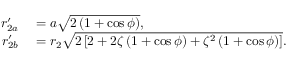
\begin{array} { r l } { r _ { 2 a } ^ { \prime } } & { { } = a \sqrt { 2 \left( 1 + \cos { \phi } \right) } , } \\ { r _ { 2 b } ^ { \prime } } & { { } = r _ { 2 } \sqrt { 2 \left[ 2 + 2 \zeta \left( 1 + \cos { \phi } \right) + \zeta ^ { 2 } \left( 1 + \cos { \phi } \right) \right] } . } \end{array}